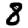
Digit: 8